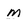
Character: m